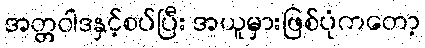
အတ္တဝါဒနှင့်စပ်ပြီး အယူမှားဖြစ်ပုံကတော့